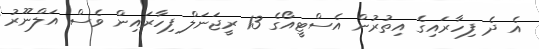
އެ ދެ ފިހާރައިގެ އިތުރުން އެސްޓީއޯގެ 13 ރީޖަނަލް ފިހާރައިން ވެސް އަލްނޫރު